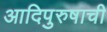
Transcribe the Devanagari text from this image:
आदिपुरुषाची